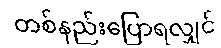
တစ်နည်းပြောရလျှင်